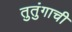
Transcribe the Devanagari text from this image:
तुतुंगाची